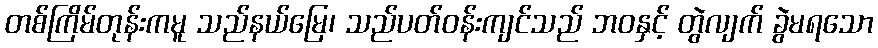
တစ်ကြိမ်တုန်းကမူ သည်နယ်မြေ၊ သည်ပတ်ဝန်းကျင်သည် ဘဝနှင့် တွဲလျက် ခွဲမရသော